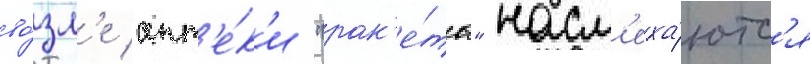
во́зл'е апт'е́к'и "рак'е́ты" насм'еха́ютс'я